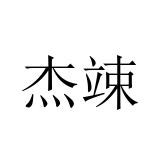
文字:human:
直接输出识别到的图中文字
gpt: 杰竦